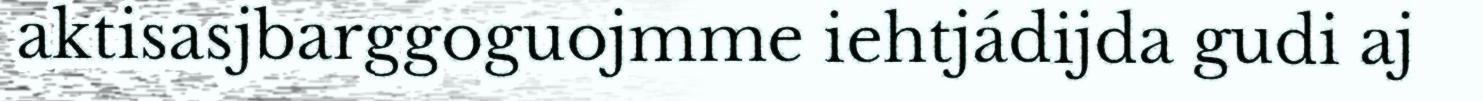
aktisasjbarggoguojmme iehtjádijda gudi aj